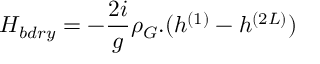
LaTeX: { \cal H } _ { b d r y } = - \frac { 2 i } { g } \rho _ { G } . ( h ^ { ( 1 ) } - h ^ { ( 2 L ) } )